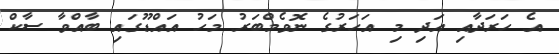
އެ ހަރަދާއި އަދި މި އަހަރުގެ ނޮވެމްބަރު މަހު އައްޑޫގައި ބާއްވާ ސާކް